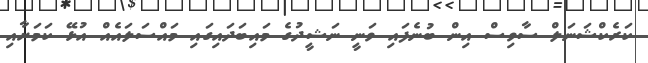
ކަރެކްޝަނަލް ސާވިސް އިން ބުނެފައި ވަނީ ނަޝީދުގެ މައިބަދައިގައި މައްސަލައެއް އުޅޭ ކަމަށާއި